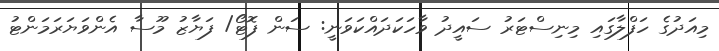
މިއަދުގެ ހަފްލާގައި މިނިސްޓަރު ސައީދު ވާހަކަދައްކަވަނީ: ސަން ފޮޓޯ/ ފަޔާޒު މޫސާ އެންވަޔަރަމަންޓު